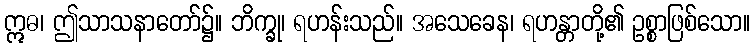
ဣဓ၊ ဤသာသနာတော်၌။ ဘိက္ခု၊ ရဟန်းသည်။ အသေခေန၊ ရဟန္တာတို့၏ ဥစ္စာဖြစ်သော။